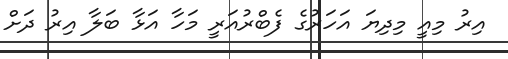
އިރު މިއީ މިދިޔަ އަހަރުގެ ފެބްރުއަރީ މަހާ އަޅާ ބަލާ އިރު ދަށް